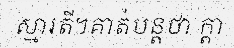
ស្មារតី។គាត់បន្តថា ក្តា